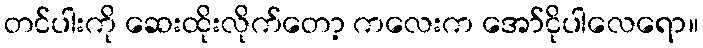
တင်ပါးကို ဆေးထိုးလိုက်တော့ ကလေးက အော်ငိုပါလေရော။